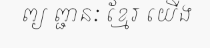
ព្យ ព្ជានៈ ខ្មែរ យើង